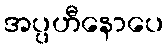
အပ္ပဟီနောပေ